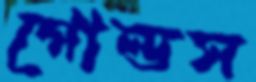
গোল্ডস